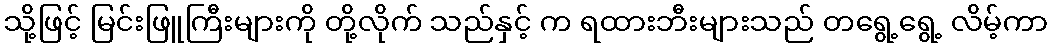
သို့ဖြင့် မြင်းဖြူကြီးများကို တို့လိုက် သည်နှင့် က ရထားဘီးများသည် တရွေ့ရွေ့ လိမ့်ကာ